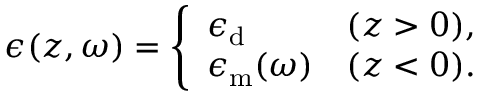
\begin{array} { r } { \epsilon ( z , \omega ) = \left\{ \begin{array} { l l } { \epsilon _ { \mathrm { d } } } & { ( z > 0 ) , } \\ { \epsilon _ { \mathrm { m } } ( \omega ) } & { ( z < 0 ) . } \end{array} \right. } \end{array}